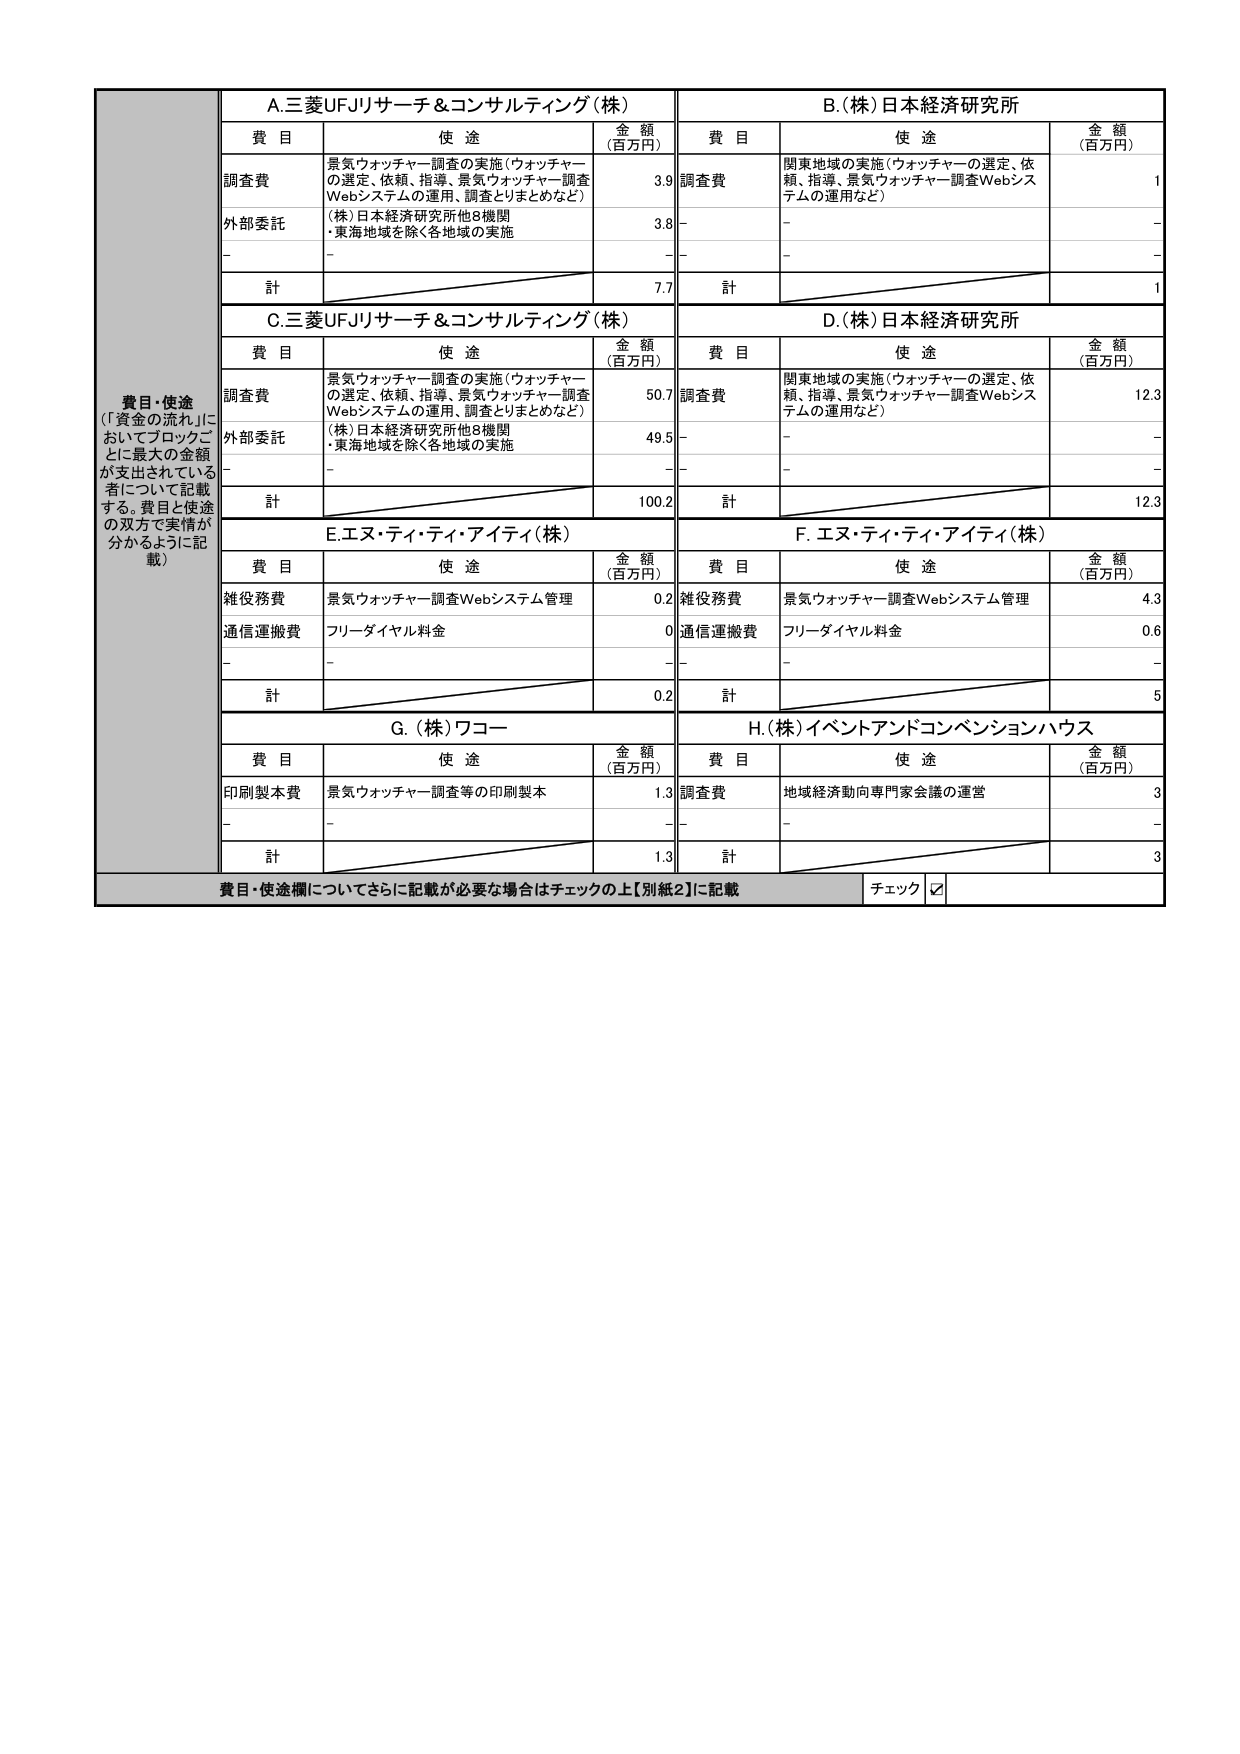
費目・使途
（「資金の流れ」においてブロックごとに最大の金額が支出されている者について記載する。費目と使途の双方で実情が分かるように記載）

A.三菱UFJリサーチ＆コンサルティング（株）
費目 使途 金額（百万円）
調査費 景気ウォッチャー調査の実施（ウォッチャーの選定、依頼、指導、景気ウォッチャー調査Webシステムの運用、調査とりまとめなど） 3.9
外部委託 （株）日本経済研究所他8機関・東海地域を除く各地域の実施 3.8
- - -
計 7.7

B.（株）日本経済研究所
費目 使途 金額（百万円）
調査費 関東地域の実施（ウォッチャーの選定、依頼、指導、景気ウォッチャー調査Webシステムの運用など） 1
- - -
- - -
計 1

C.三菱UFJリサーチ＆コンサルティング（株）
費目 使途 金額（百万円）
調査費 景気ウォッチャー調査の実施（ウォッチャーの選定、依頼、指導、景気ウォッチャー調査Webシステムの運用、調査とりまとめなど） 50.7
外部委託 （株）日本経済研究所他8機関・東海地域を除く各地域の実施 49.5
- - -
計 100.2

D.（株）日本経済研究所
費目 使途 金額（百万円）
調査費 関東地域の実施（ウォッチャーの選定、依頼、指導、景気ウォッチャー調査Webシステムの運用など） 12.3
- - -
- - -
計 12.3

E.エヌ・ティ・ティ・アイティ（株）
費目 使途 金額（百万円）
雑役務費 景気ウォッチャー調査Webシステム管理 0.2
通信運搬費 フリーダイヤル料金 0
- - -
計 0.2

F.エヌ・ティ・ティ・アイティ（株）
費目 使途 金額（百万円）
雑役務費 景気ウォッチャー調査Webシステム管理 4.3
通信運搬費 フリーダイヤル料金 0.6
- - -
計 5

G.（株）ワコー
費目 使途 金額（百万円）
印刷製本費 景気ウォッチャー調査等の印刷製本 1.3
- - -
計 1.3

H.（株）イベントアンドコンベンションハウス
費目 使途 金額（百万円）
調査費 地域経済動向専門家会議の運営 3
- - -
計 3

費目・使途欄についてさらに記載が必要な場合はチェックの上【別紙2】に記載
チェック ☑